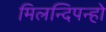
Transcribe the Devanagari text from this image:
मिलन्दिपन्हो